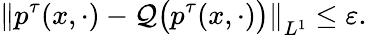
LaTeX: \left\| p^{\tau}(x,\cdot)-\mathcal{Q}\big(p^{\tau}(x,\cdot)\big)\right\| _{L^{1}}\leq\varepsilon.